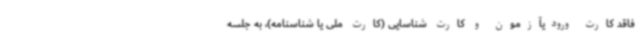
فاقد کارت ورودیآزمون و کارت شناسایی (کارت ملی یا شناسنامه)، به جلسه